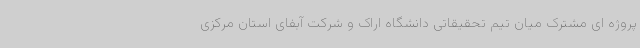
پروژه ای مشترک میان تیم تحقیقاتی دانشگاه اراک و شرکت آبفای استان مرکزی